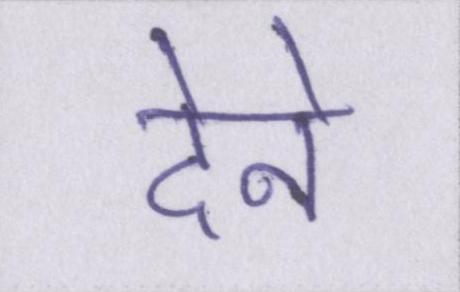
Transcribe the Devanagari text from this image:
देने